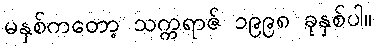
မနှစ်ကတော့ သက္ကရာဇ် ၁၉၉၈ ခုနှစ်ပါ။